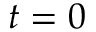
t = 0